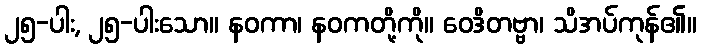
၂၅-ပါး, ၂၅-ပါးသော။ နဝကာ၊ နဝကတို့ကို။ ဝေဒိတဗ္ဗာ၊ သိအပ်ကုန်၏။